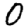
Digit: 0